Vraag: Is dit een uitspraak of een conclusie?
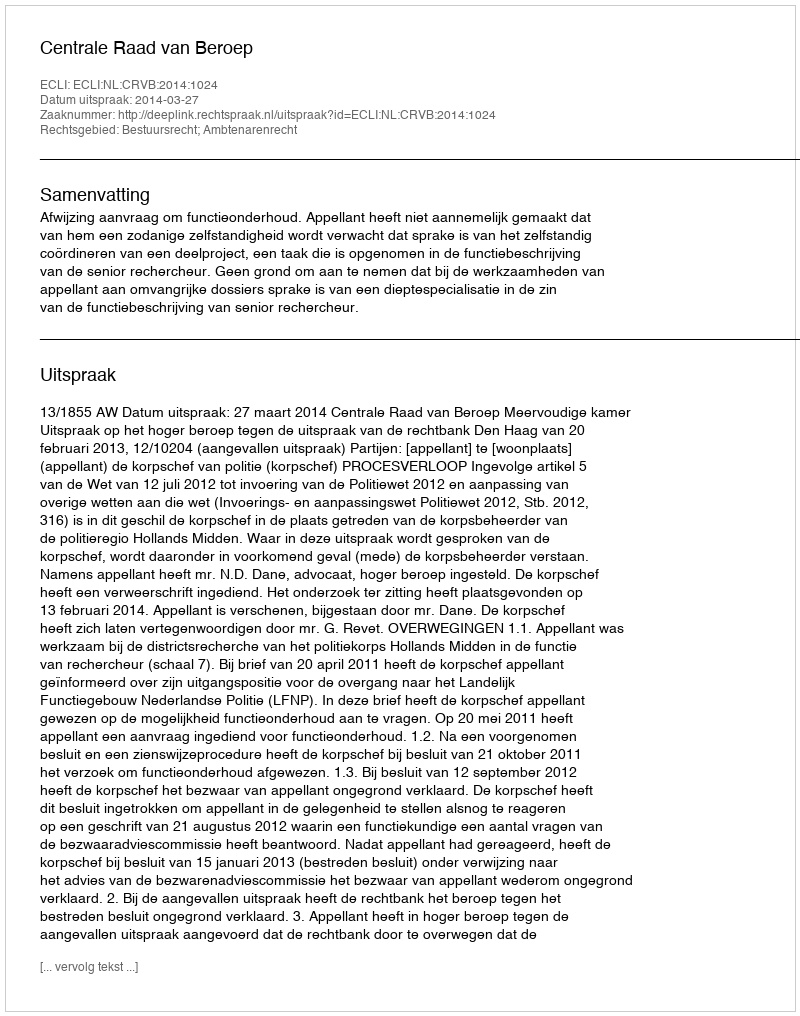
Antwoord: Uitspraak